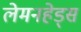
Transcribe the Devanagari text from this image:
लेमनहेड्स